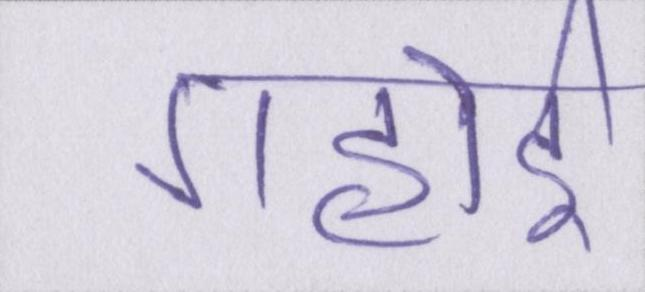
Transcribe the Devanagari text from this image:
गहोई